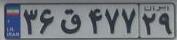
۳۶ق۴۷۷۲۹